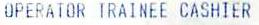
UPERATOR TRAINEE CASHIER